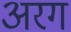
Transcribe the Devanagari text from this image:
अरग